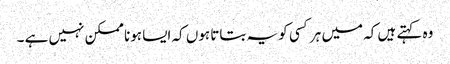
وہ کہتے ہیں کہ میں ہر کسی کو یہ بتاتا ہوں کہ ایسا ہونا ممکن نہیں ہے ۔